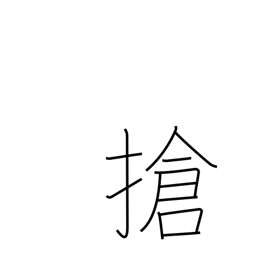
Meaning: assemble